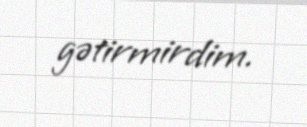
gətirmirdim.